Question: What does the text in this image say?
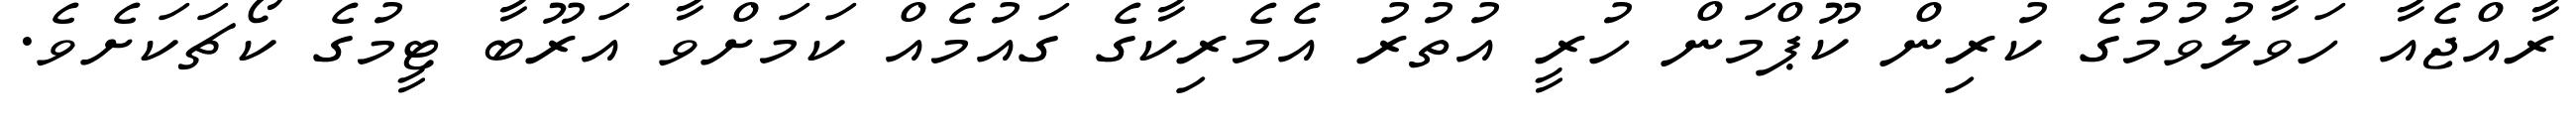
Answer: ރާއްޖެއާ ހަވާލުވުމުގެ ކުރިން ކޫޕްމަން ހުރީ އުތުރު އެމެރިކާގެ ގައުމެއް ކަމަށްވާ އަރޫބާ ޓީމުގެ ކޯޗަކަށެވެ.